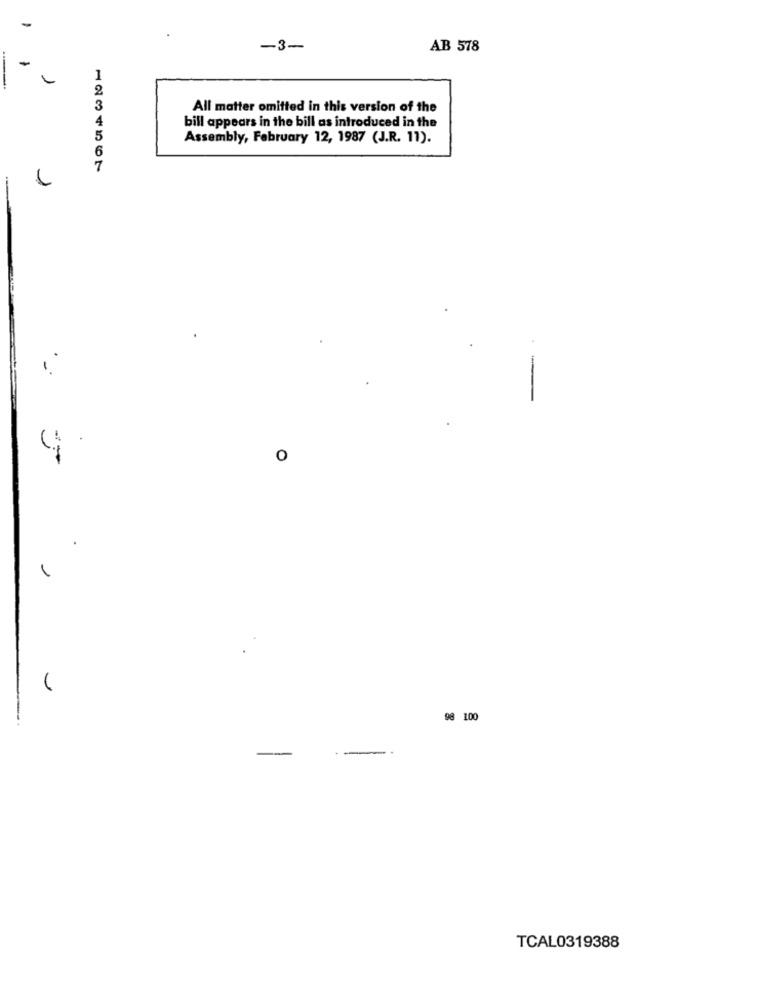
-3-
AB 578
All matter omitted in this version of the
bill appears in the bill as introduced in the
Assembly, February 12, 1987 (J.R. 11).
1234567
O
1
98 100
-
TCAL0319388